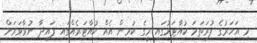
މި އަހަރުގެ ފުރަތަމަ ކުއާޓަރުގައި މީގެ ކުރިން އެއް ކުއާޓަރެއްގައި ފައިދާ ނުވާވަރަށް